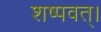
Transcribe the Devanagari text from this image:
शष्पवत्‌।